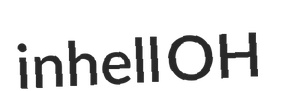
inhell OH